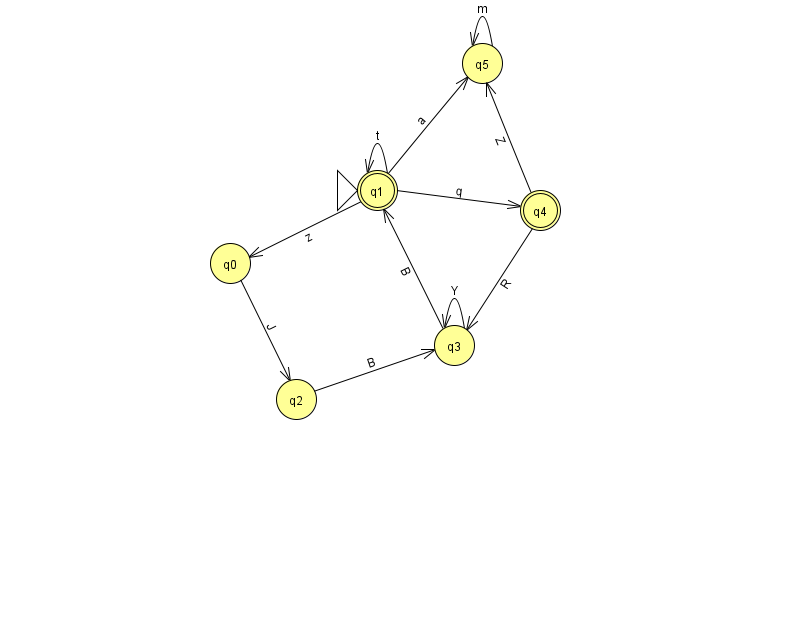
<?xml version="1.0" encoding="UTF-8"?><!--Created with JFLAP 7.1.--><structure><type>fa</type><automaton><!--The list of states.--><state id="0" name="q0"><x>230.0</x><y>250.0</y></state><state id="1" name="q1"><x>377.0</x><y>177.0</y><initial/><final/></state><state id="2" name="q2"><x>296.0</x><y>386.0</y></state><state id="3" name="q3"><x>454.0</x><y>332.0</y></state><state id="4" name="q4"><x>540.0</x><y>197.0</y><final/></state><state id="5" name="q5"><x>482.0</x><y>50.0</y></state><!--The list of transitions.--><transition><from>2</from><to>3</to><read>B</read></transition><transition><from>1</from><to>1</to><read>t</read></transition><transition><from>1</from><to>5</to><read>a</read></transition><transition><from>1</from><to>0</to><read>z</read></transition><transition><from>4</from><to>3</to><read>R</read></transition><transition><from>4</from><to>5</to><read>Z</read></transition><transition><from>1</from><to>4</to><read>q</read></transition><transition><from>3</from><to>3</to><read>Y</read></transition><transition><from>0</from><to>2</to><read>J</read></transition><transition><from>5</from><to>5</to><read>m</read></transition><transition><from>3</from><to>1</to><read>B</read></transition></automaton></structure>